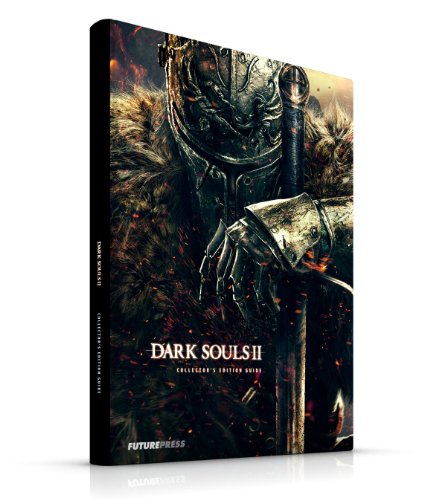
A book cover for Dark Souls II Collector's Edition Strategy Guide; Future Press; Humor & Entertainment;